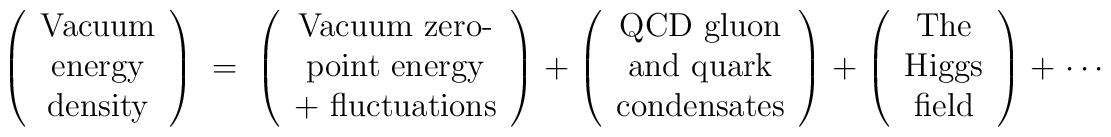
\left(\begin{array}{c}\mbox{Vacuum} \\\mbox{energy}\\\mbox{density} \end{array}\right) \; = \;\left(\begin{array}{c}\mbox{Vacuum zero-} \\\mbox{point energy}\\\mbox{+ fluctuations} \end{array}\right) \; + \;\left(\begin{array}{c}\mbox{QCD gluon} \\\mbox{and quark} \\\mbox{condensates}\end{array}\right) \; + \;\left(\begin{array}{c}\mbox{The} \\\mbox{Higgs} \\\mbox{field}\end{array}\right)\; + \; \cdots